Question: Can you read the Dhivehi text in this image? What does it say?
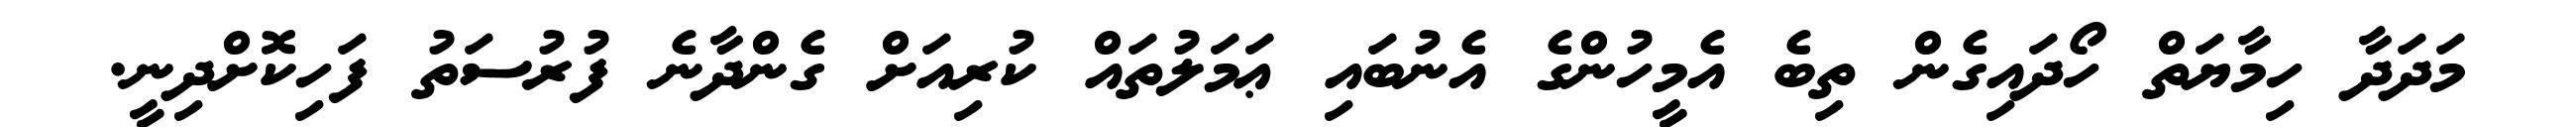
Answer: މަދަދާ ހިމާޔަތް ހޯދައިގެން ތިބެ އެމީހުންގެ އެނުބައި ޢަމަލުތައް ކުރިއަށް ގެންދާނެ ފުރުސަތު ފަހިކޮށްދިނީ.